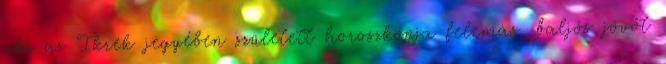
aki az Ikrek jegyében született horoszkópja felemás, baljós jövőt